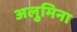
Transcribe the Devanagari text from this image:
अलुमिना